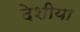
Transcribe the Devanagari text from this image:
देशीया